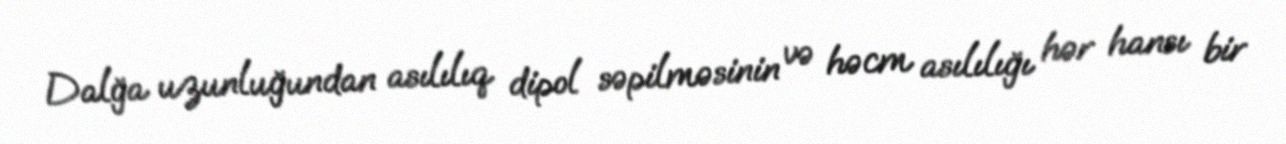
Dalğa uzunluğundan asılılıq dipol səpilməsinin və həcm asılılığı hər hansı bir